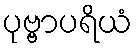
ပုဗ္ဗာပရိယံ